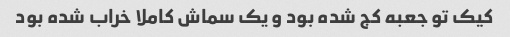
کیک تو جعبه کج شده بود و یک سماش کاملا خراب شده بود